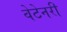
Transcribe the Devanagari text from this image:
वेटेनरी